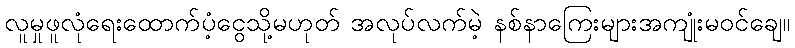
လူမှုဖူလုံရေးထောက်ပံ့ငွေသို့မဟုတ် အလုပ်လက်မဲ့ နစ်နာကြေးများအကျုံးမဝင်ချေ။